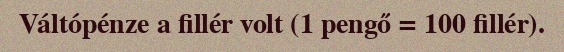
Váltópénze a fillér volt (1 pengő = 100 fillér).